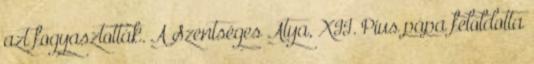
azt fogyasztották. A Szentséges Atya, XII. Pius pápa feloldotta